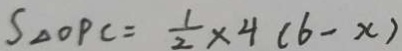
S _ { \Delta O P C } = \frac { 1 } { 2 } \times 4 ( 6 - x )